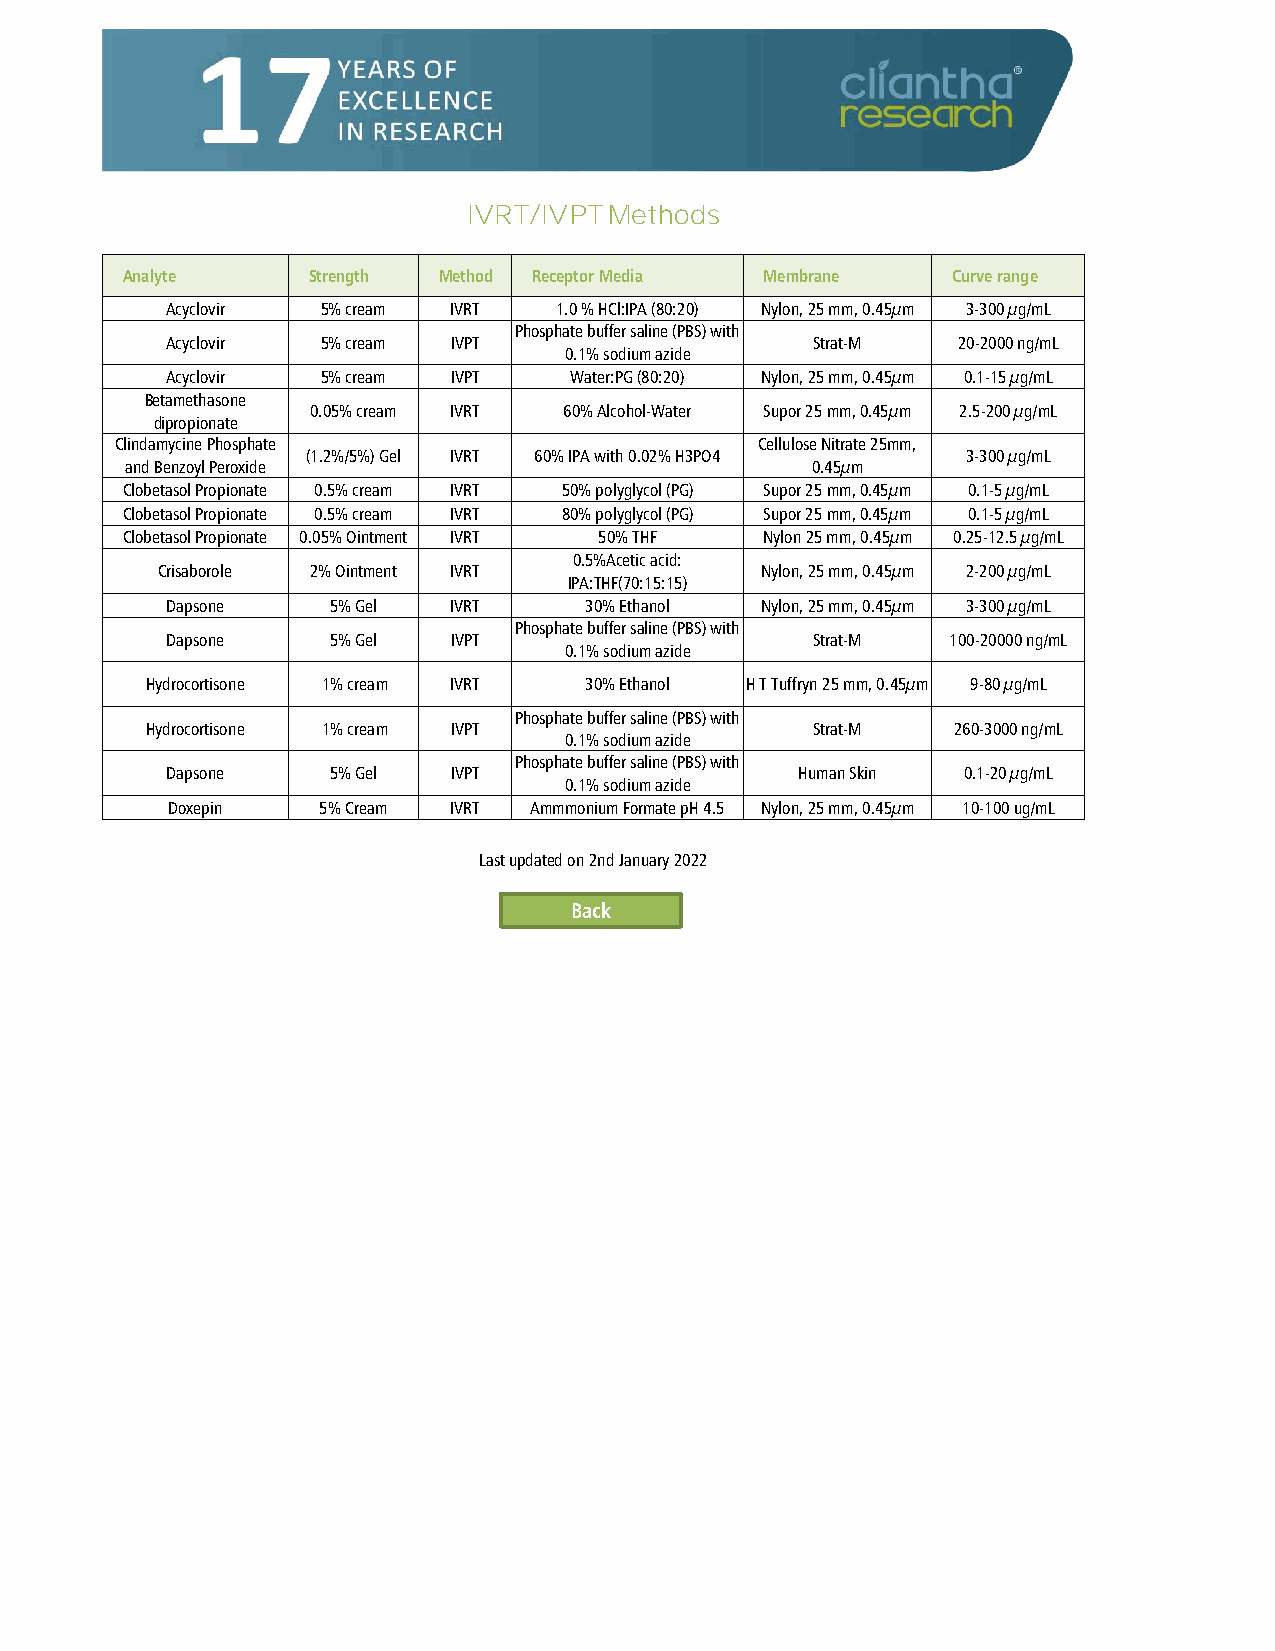
IVRT/IVPT Methods
 Analyte     Strength Method Receptor Media Membrane    Curve range
 Acyclovir 5% cream IVRT   1.0 % HCl:IPA (80:20) Nylon, 25 mm, 0.45µm 3-300 µg/mL
 Phosphate buffer saline (PBS) with
 Acyclovir 5% cream IVPT                    Strat-M  20-2000 ng/mL
 0.1% sodium azide
 Acyclovir 5% cream IVPT    Water:PG (80:20) Nylon, 25 mm, 0.45µm 0.1-15 µg/mL
 Betamethasone
 0.05% cream IVRT 60% Alcohol-Water Supor 25 mm, 0.45µm 2.5-200 µg/mL
 dipropionate
 Clindamycine Phosphate                    Cellulose Nitrate 25mm,
 (1.2%/5%) Gel IVRT 60% IPA with 0.02% H3PO4 3-300 µg/mL
 and Benzoyl Peroxide                          0.45µm
 Clobetasol Propionate 0.5% cream IVRT 50% polyglycol (PG) Supor 25 mm, 0.45µm 0.1-5 µg/mL
 Clobetasol Propionate 0.5% cream IVRT 80% polyglycol (PG) Supor 25 mm, 0.45µm 0.1-5 µg/mL
 Clobetasol Propionate 0.05% Ointment IVRT 50% THF Nylon 25 mm, 0.45µm 0.25-12.5 µg/mL
 0.5%Acetic acid:
 Crisaborole 2% Ointment IVRT            Nylon, 25 mm, 0.45µm 2-200 µg/mL
 IPA:THF(70:15:15)
 Dapsone    5% Gel  IVRT     30% Ethanol Nylon, 25 mm, 0.45µm 3-300 µg/mL
 Phosphate buffer saline (PBS) with
 Dapsone    5% Gel  IVPT                    Strat-M  100-20000 ng/mL
 0.1% sodium azide
 Hydrocortisone 1% cream IVRT 30% Ethanol H T Tuffryn 25 mm, 0.45µm 9-80 µg/mL
 Phosphate buffer saline (PBS) with
 Hydrocortisone 1% cream IVPT                Strat-M  260-3000 ng/mL
 0.1% sodium azide
 Phosphate buffer saline (PBS) with
 Dapsone    5% Gel  IVPT                   Human Skin 0.1-20 µg/mL
 0.1% sodium azide
 Doxepin   5% Cream IVRT Ammmonium Formate pH 4.5 Nylon, 25 mm, 0.45µm 10-100 ug/mL
 Last updated on 2nd January 2022
 Back